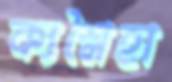
ক্যশ্লৈহা